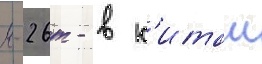
м-26т - в к'итаи